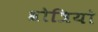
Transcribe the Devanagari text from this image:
श्रोत्रियो